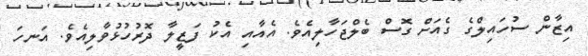
އިޒާން ސުހައިލްގެ ގެއަށް ގޮސް ބެލްޖަހާލިއެވެ. އެއާއި އެކު ފަޒީލާ ދޮރުހުޅުވާލިއެވެ. އަނހަ